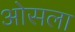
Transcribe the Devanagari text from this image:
ओसला